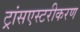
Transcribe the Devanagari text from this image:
ट्रांसएस्टरीकरण